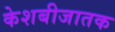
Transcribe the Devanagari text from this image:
केशबीजातक